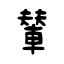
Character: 輦